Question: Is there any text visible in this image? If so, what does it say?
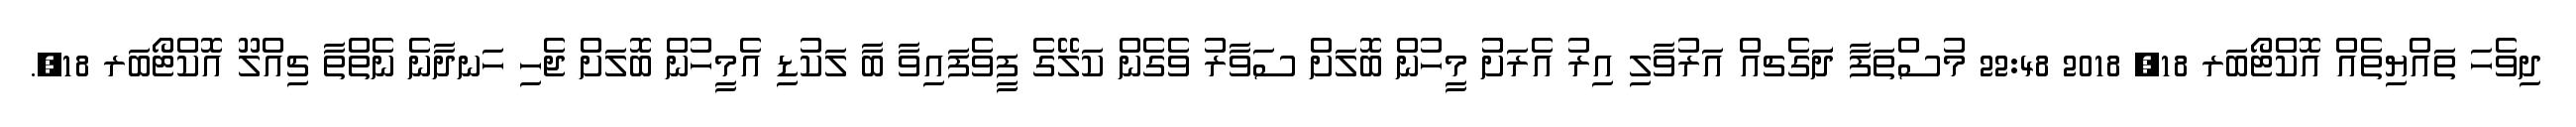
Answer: ދިވެހަ ތައްޔިތެއް އޮކްޓޯބަރ 18, 2018 22:48 މުސްތަފާ ދަަަަަަަގެޗއް އަރުވާލި އިރު އެރަށުު މީހުން ބޮލަށް ސަވާރު ވެގެން ކަލޭގެ ފީވެފައިވާ ބާ ލަކުޑި އެމީހުން ބޮލަށް ޖެހި ހަނދާނެ ނެތްތާ ޗިއްލޫ އޮކްޓޯބަރ 18,.